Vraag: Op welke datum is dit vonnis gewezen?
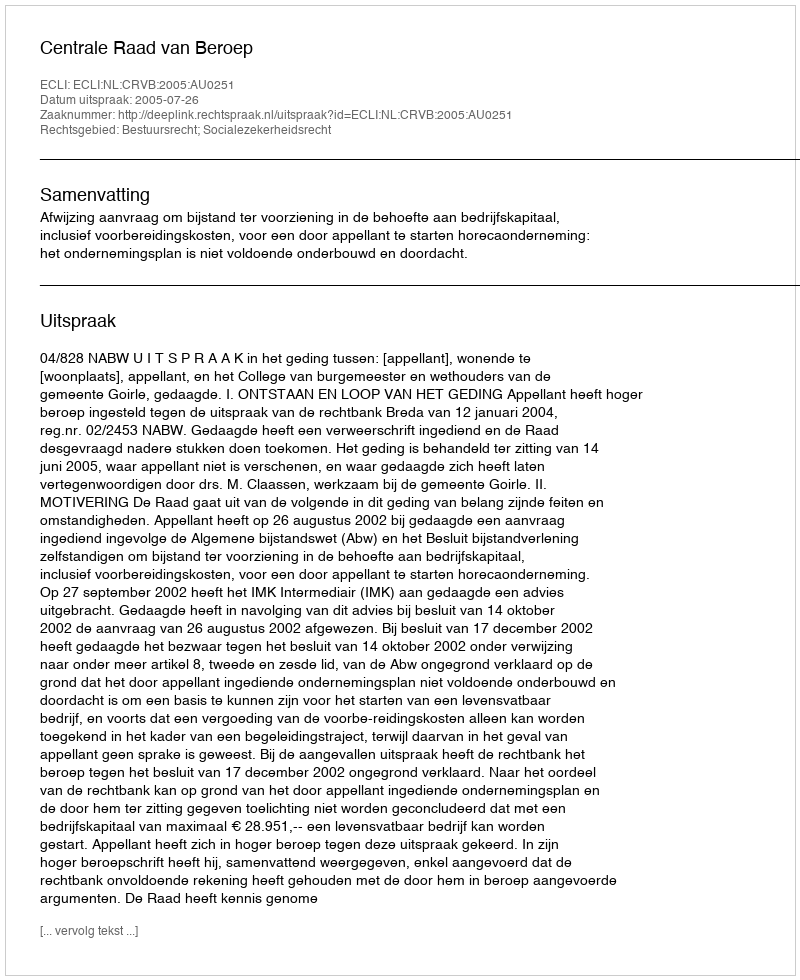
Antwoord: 2005-07-26